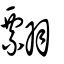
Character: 翲